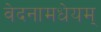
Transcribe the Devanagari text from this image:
वेदनामधेयम्